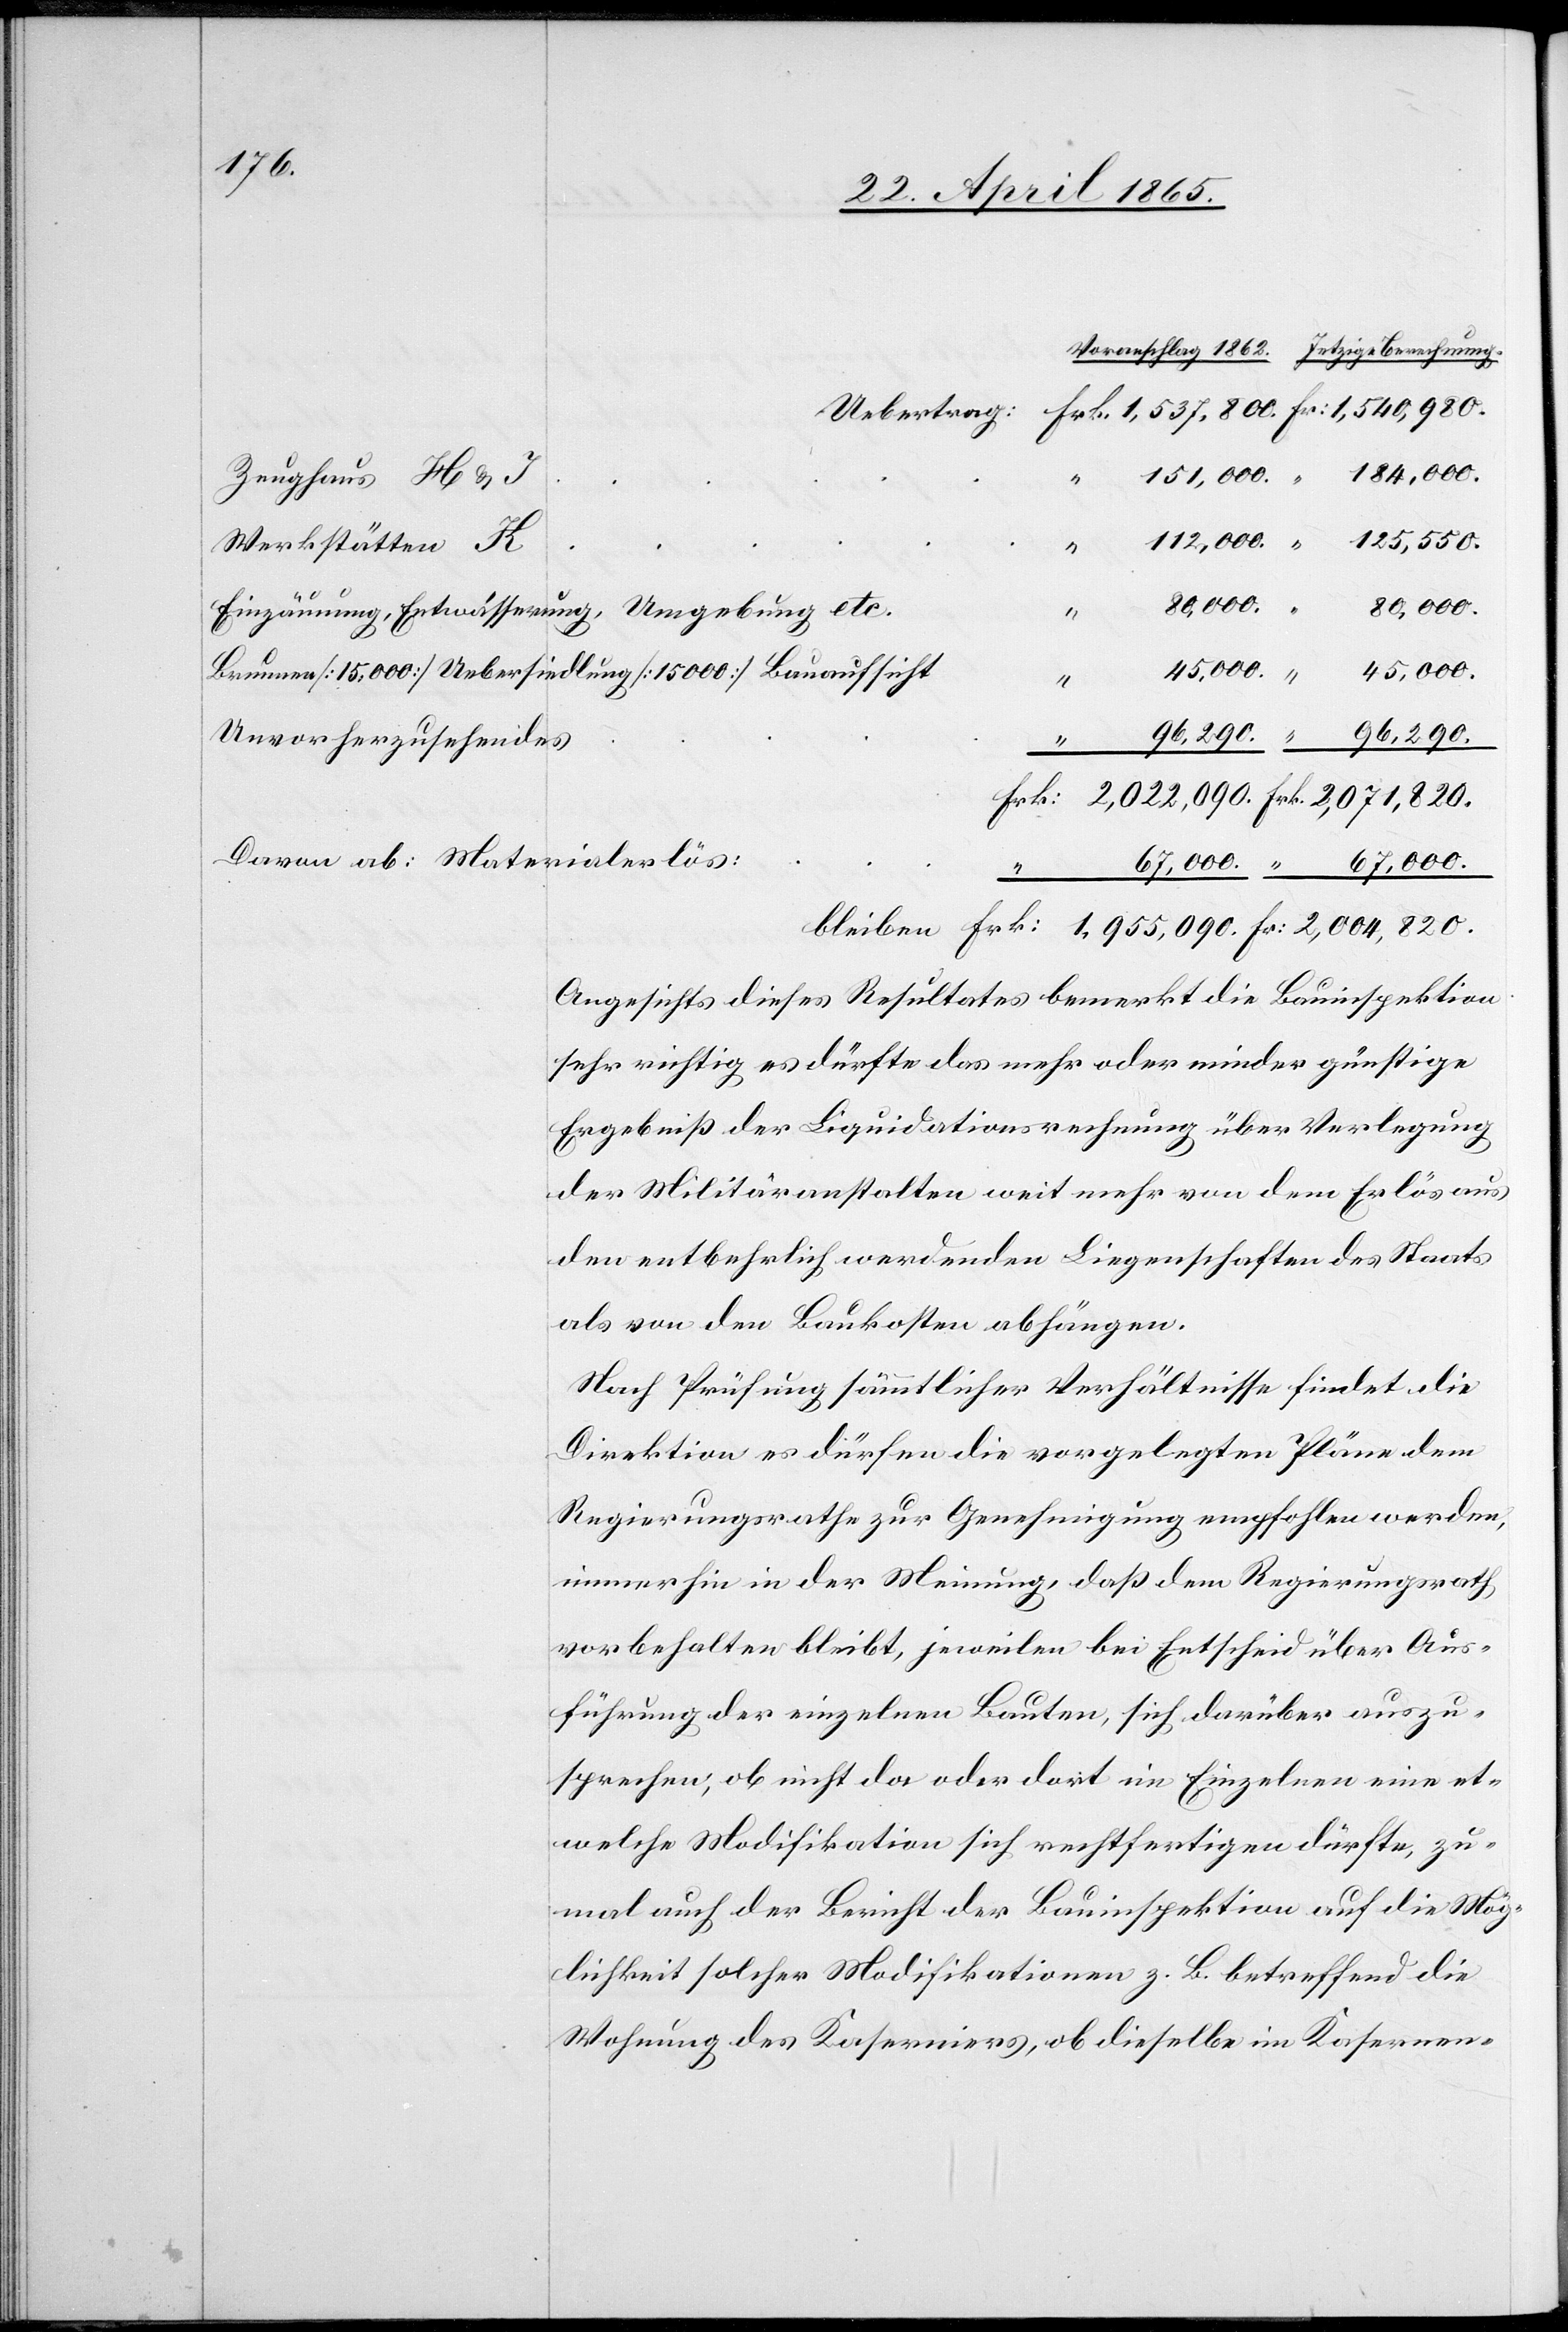
Zeughaus H & J
Werkstätten K
Einzäunung, Entwässerung, Umgebung etc.
Brunnen [15,000] Uebersiedlung [15 000] Bauaufsicht
Unvorherzusehendes
“
Davon ab: Materialerlös
Angesichts dieses Resultates bemerkt die Bauinspektion
sehr richtig es dürfte das mehr oder minder günstige
Ergebniß der Liquidationsrechnung über Verlegung
der Militäranstalten weit mehr von dem Erlös aus
den entbehrlich werdenden Liegenschaften des Staats
als von den Baukosten abhängen.
Nach Prüfung sämmtlicher Verhältnisse findet die
Direktion es dürfen die vorgelegten Pläne dem
Regierungsrathe zur Genehmigung empfohlen werden,
immerhin in der Meinung, daß dem Regierungsrath
vorbehalten bleibt, jeweilen bei Entscheid über Aus¬
führung der einzelnen Bauten, sich darüber auszu¬
sprechen, ob nicht da oder dort im Einzelnen eine et¬
welche Modifikation sich rechtfertigen dürfte, zu¬
mal auch der Bericht der Bauinspektion auf die Mög¬
lichkeit solcher Modifikationen z. B. betreffend die
Wohnung des Kaserniers, ob dieselbe im Kasernen-